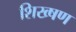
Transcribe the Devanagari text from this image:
शिख्षण